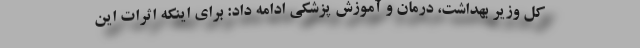
کل وزیر بهداشت، درمان و آموزش پزشکی ادامه داد: برای اینکه اثرات این